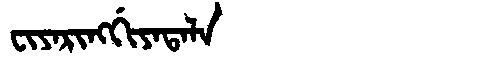
Manchu: ᠸᡳᠶᠠᡵᡳᠩᡤᡳᠶᠠᡨᠠᠯᠠ
Romanization: FIYARINGGIYATALA